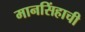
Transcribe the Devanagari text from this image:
मानसिंहाची